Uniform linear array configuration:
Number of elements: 32
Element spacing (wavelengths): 0.75
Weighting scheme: exponential
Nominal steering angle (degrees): -15
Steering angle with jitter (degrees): -13.199
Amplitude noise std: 0.05
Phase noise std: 0.05

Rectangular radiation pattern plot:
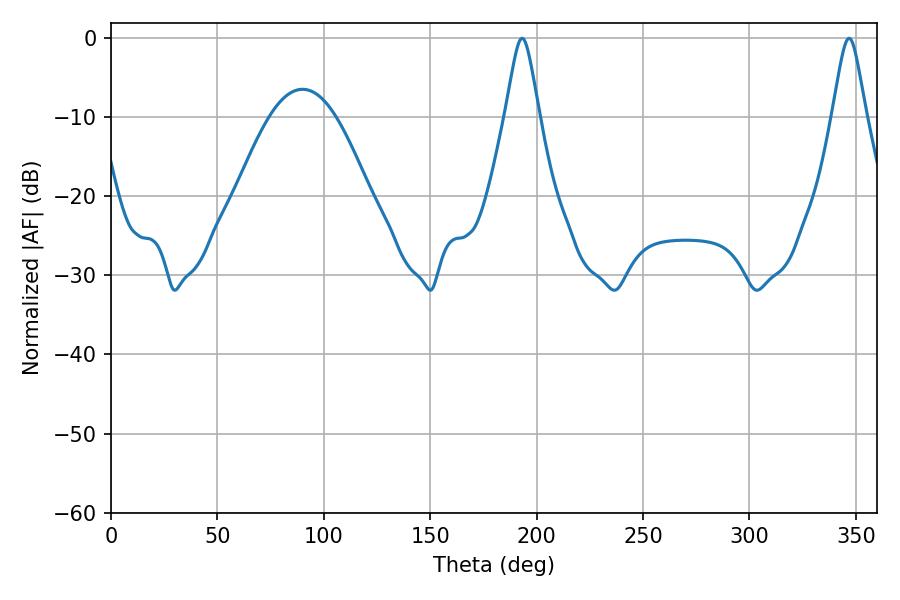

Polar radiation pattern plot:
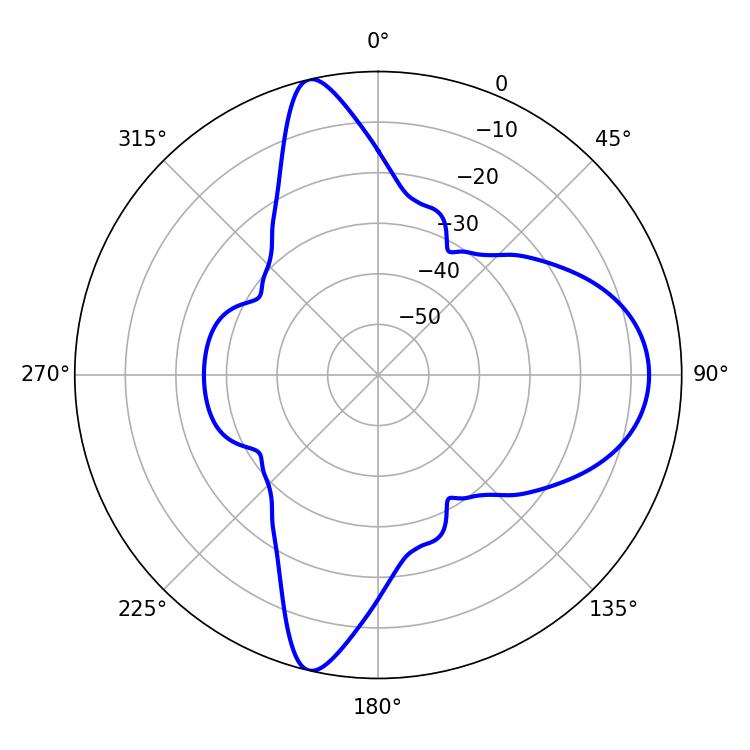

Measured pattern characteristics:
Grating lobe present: TRUE
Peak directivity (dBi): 16.283
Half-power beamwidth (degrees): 7.56
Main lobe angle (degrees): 193.14